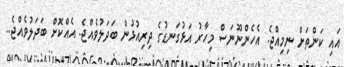
އައި ކަންތަށް ނިމިއްޖެ. އެހެންނޫނަސް މިހާރު އަޅުގަނޑުގެ ދިރިއުޅުން ބަދަލުވެއްޖެ. އެއްކޮށް ބަދަލުވެއްޖެ..